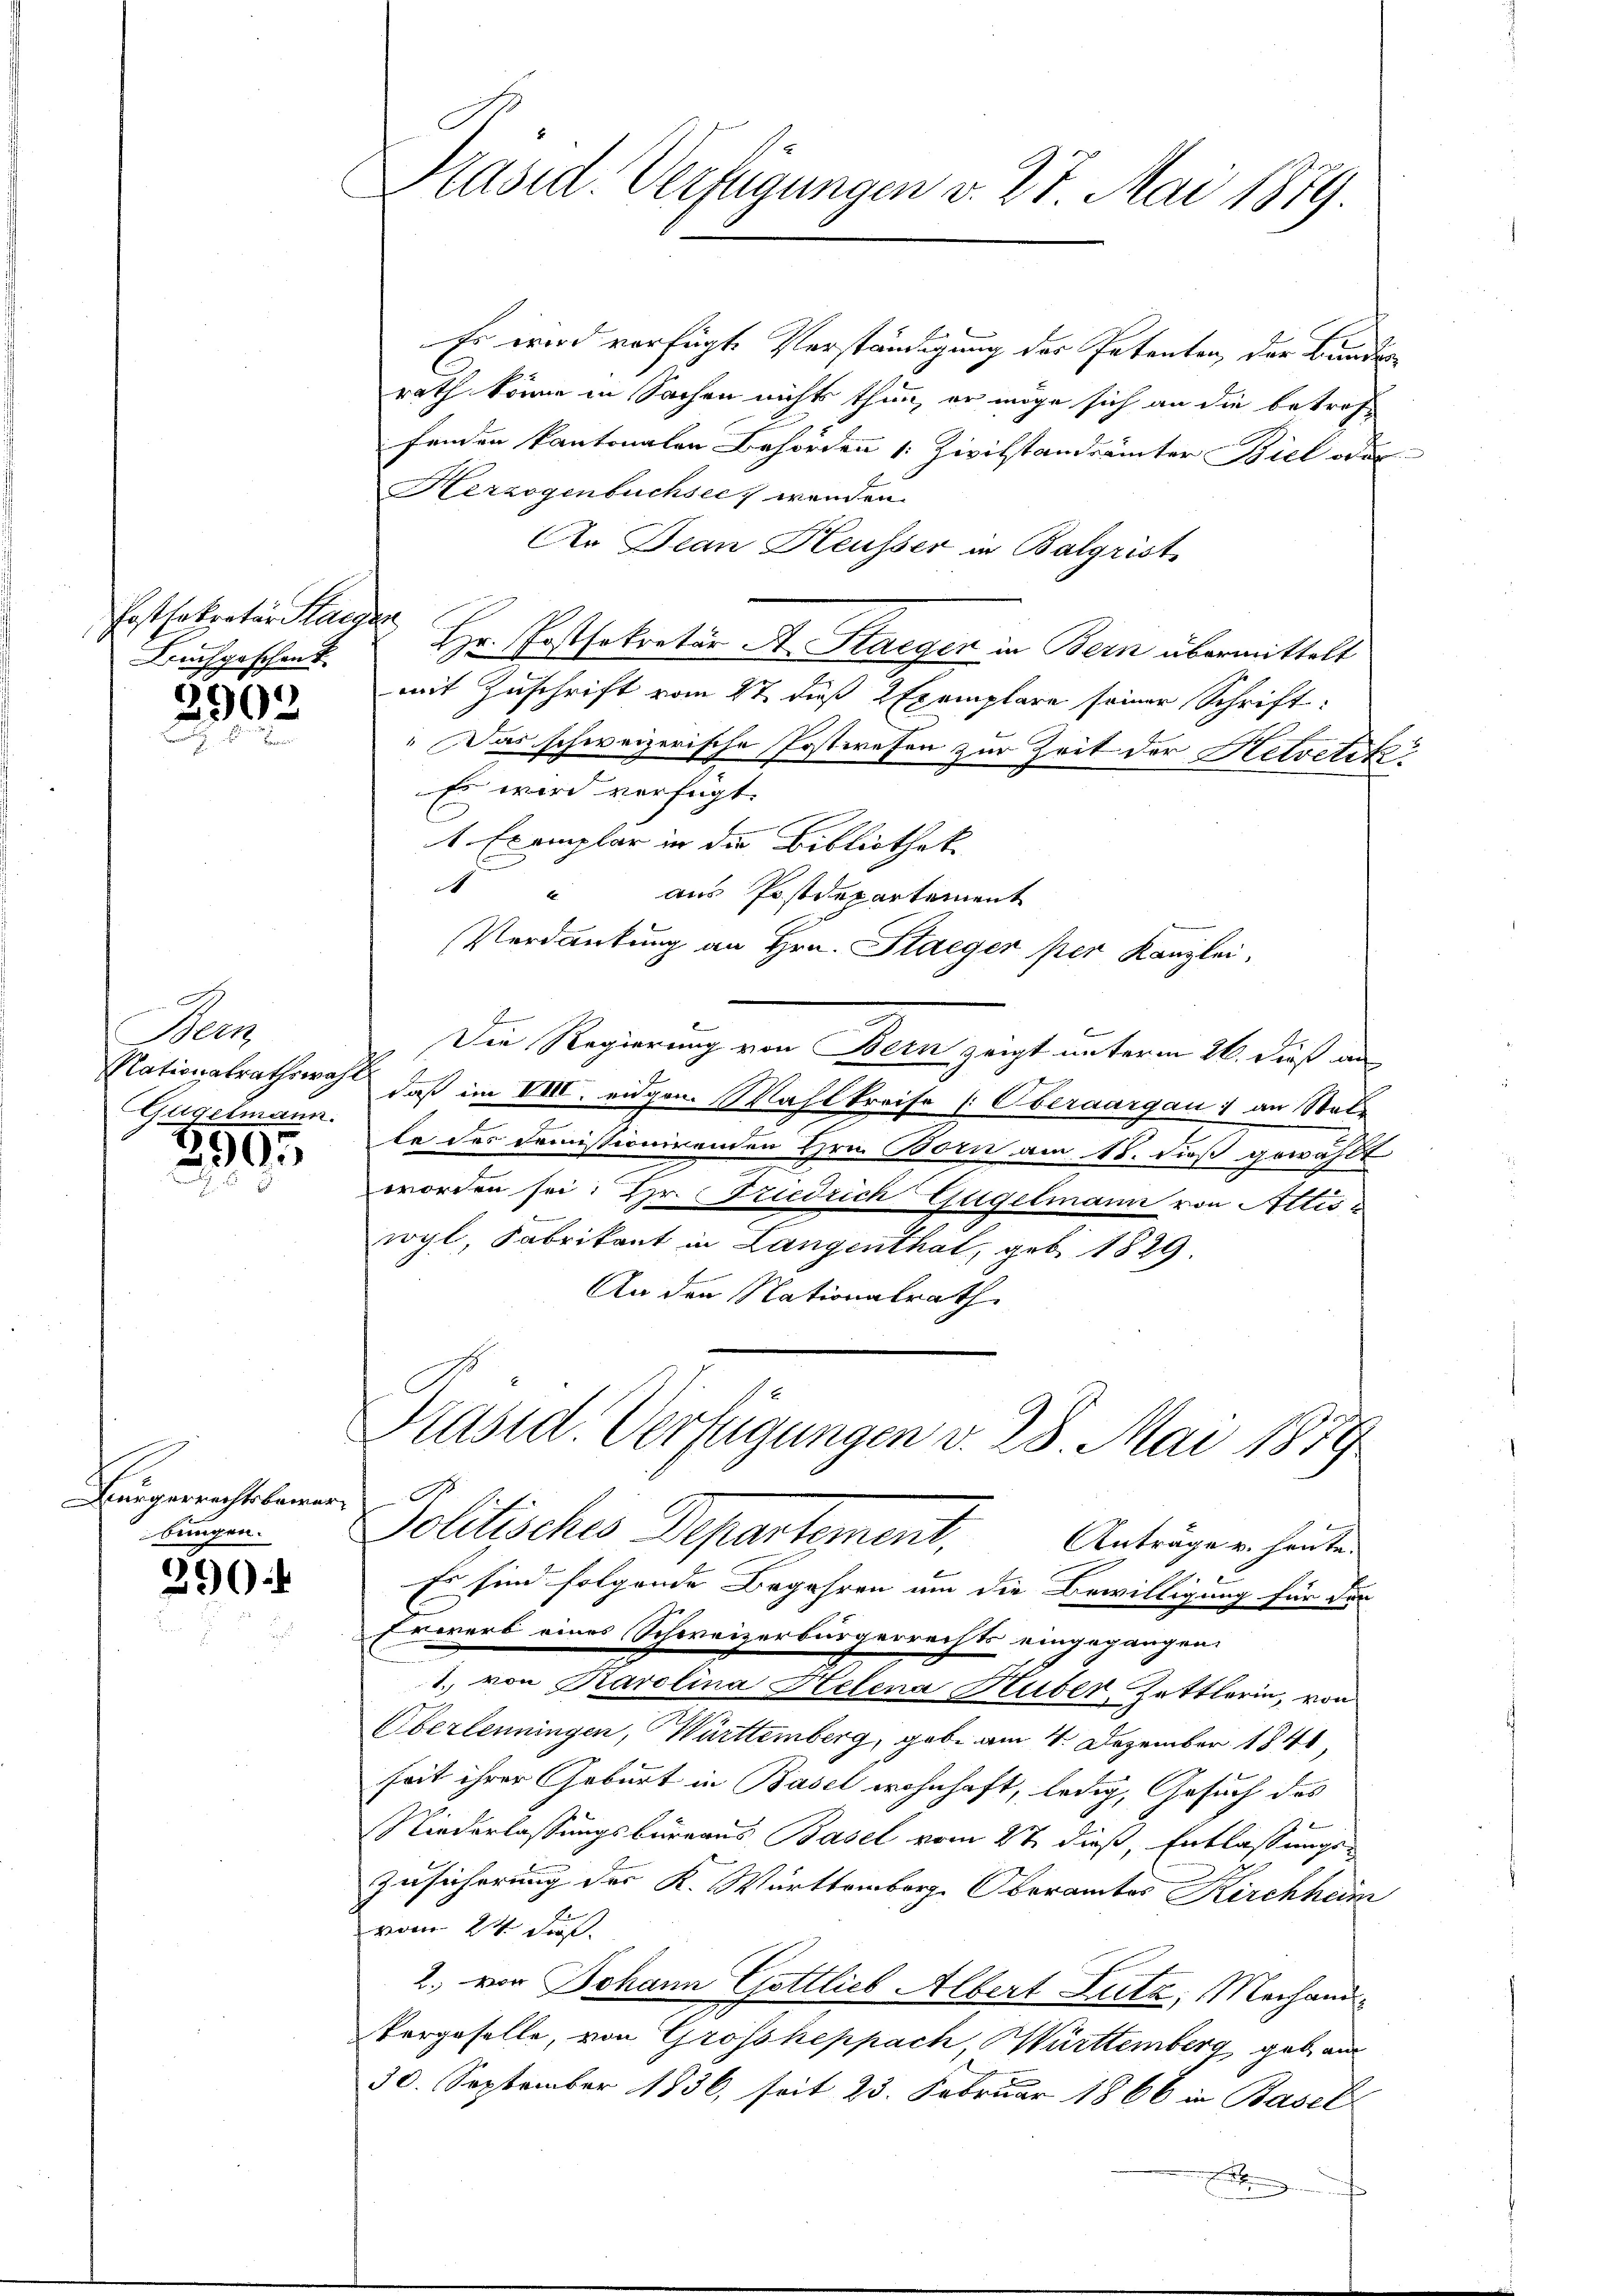
Costfakretär Stan
Bruchgeschenk

2902

Neen
Gügelmann.

399.

Heugenstleinen
bungen.

390:

Präsid. Verfügungen v. 27. Mai 1879.

Es wird verfügte Verständigung der Petenten, der Bunder
rath könne in Sachen nichts thun, er möge sich an die betref-
fenden kantonalen Behörden /: Zivilstandrämter Biel oder
Herzogenbuchsee, wenden.
An Jean Heusser in Balgrist
 Hr. Postsokretär A. Staeger in Bern übermittelt
mit Zuschrift vom 27. dieß 2 Exemplare seiner Schrift:
" Das schweizerische Postwesen zur Zeit der Helvetik
Es wird verfügt:
e
1 Exemplar in die Bibliothek
d
aus Postdepartement
Verdankung an Hrn. Staeger per Kanzlei,
Die Regierung von Bern zeigt unterm 26. dieß an
Nationalrathswahl, daß im VIII. eidgen Wahlkreise (Oberaargau 1 an Stat
le des demissionirenden Hrn. Born am 18. Fuß gewählt
worden sei; Hr. Friedrich Gugelmann von Attis
wyl, Fabrikant in Langenthal, geb. 1829
An den Nationalrath

Präsid. Verfügungen v. 28. Mai 1879
x
Politisches Departement,
Anträge v. heute.

,
Es sind folgende Begehren um die Bewilligung für der
Erwarb eines Schweizerbürgerrechts eingegangen.
1. von Karolina Helena Huber, Zettlerin, von
Oberlenningen, Württemberg, gebe am 4. Dezember 1848,
seit ihrer Geburt in Basel wohnhaft, ledig, Gesuch des
Niederlassungsbureaus Basel vom 2t dieß, Entlassungs-
Zusicherung der K. Württemberg. Oberamtes Kirchheim
vom 24. Fra
2. von Johann Gottlieb Albert Lutz, Mechand¬
Vergeselle, von Grosskeppach, Württemberg gebau
30. September 1836, seit 23. Februar 1866 in Basel